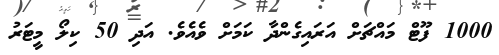
1000 ފޫޓް މައްޗަށް އަރައިގެންދާ ކަމަށް ވެއެވެ. އަދި 50 ކިލޯ މީޓަރު